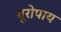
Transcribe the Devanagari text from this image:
यूरोपाय